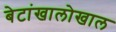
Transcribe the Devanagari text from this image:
बेटांखालोखाल